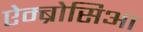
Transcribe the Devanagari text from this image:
ऐम्ब्रोसिआ